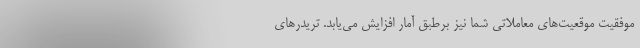
موفقیت موقعیت‌های معاملاتی شما نیز برطبق آمار افزایش می‌یابد. تریدرهای